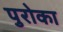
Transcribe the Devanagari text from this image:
पुरोका